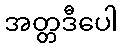
အတ္တဒီပေါ